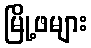
မြို့ဖများ